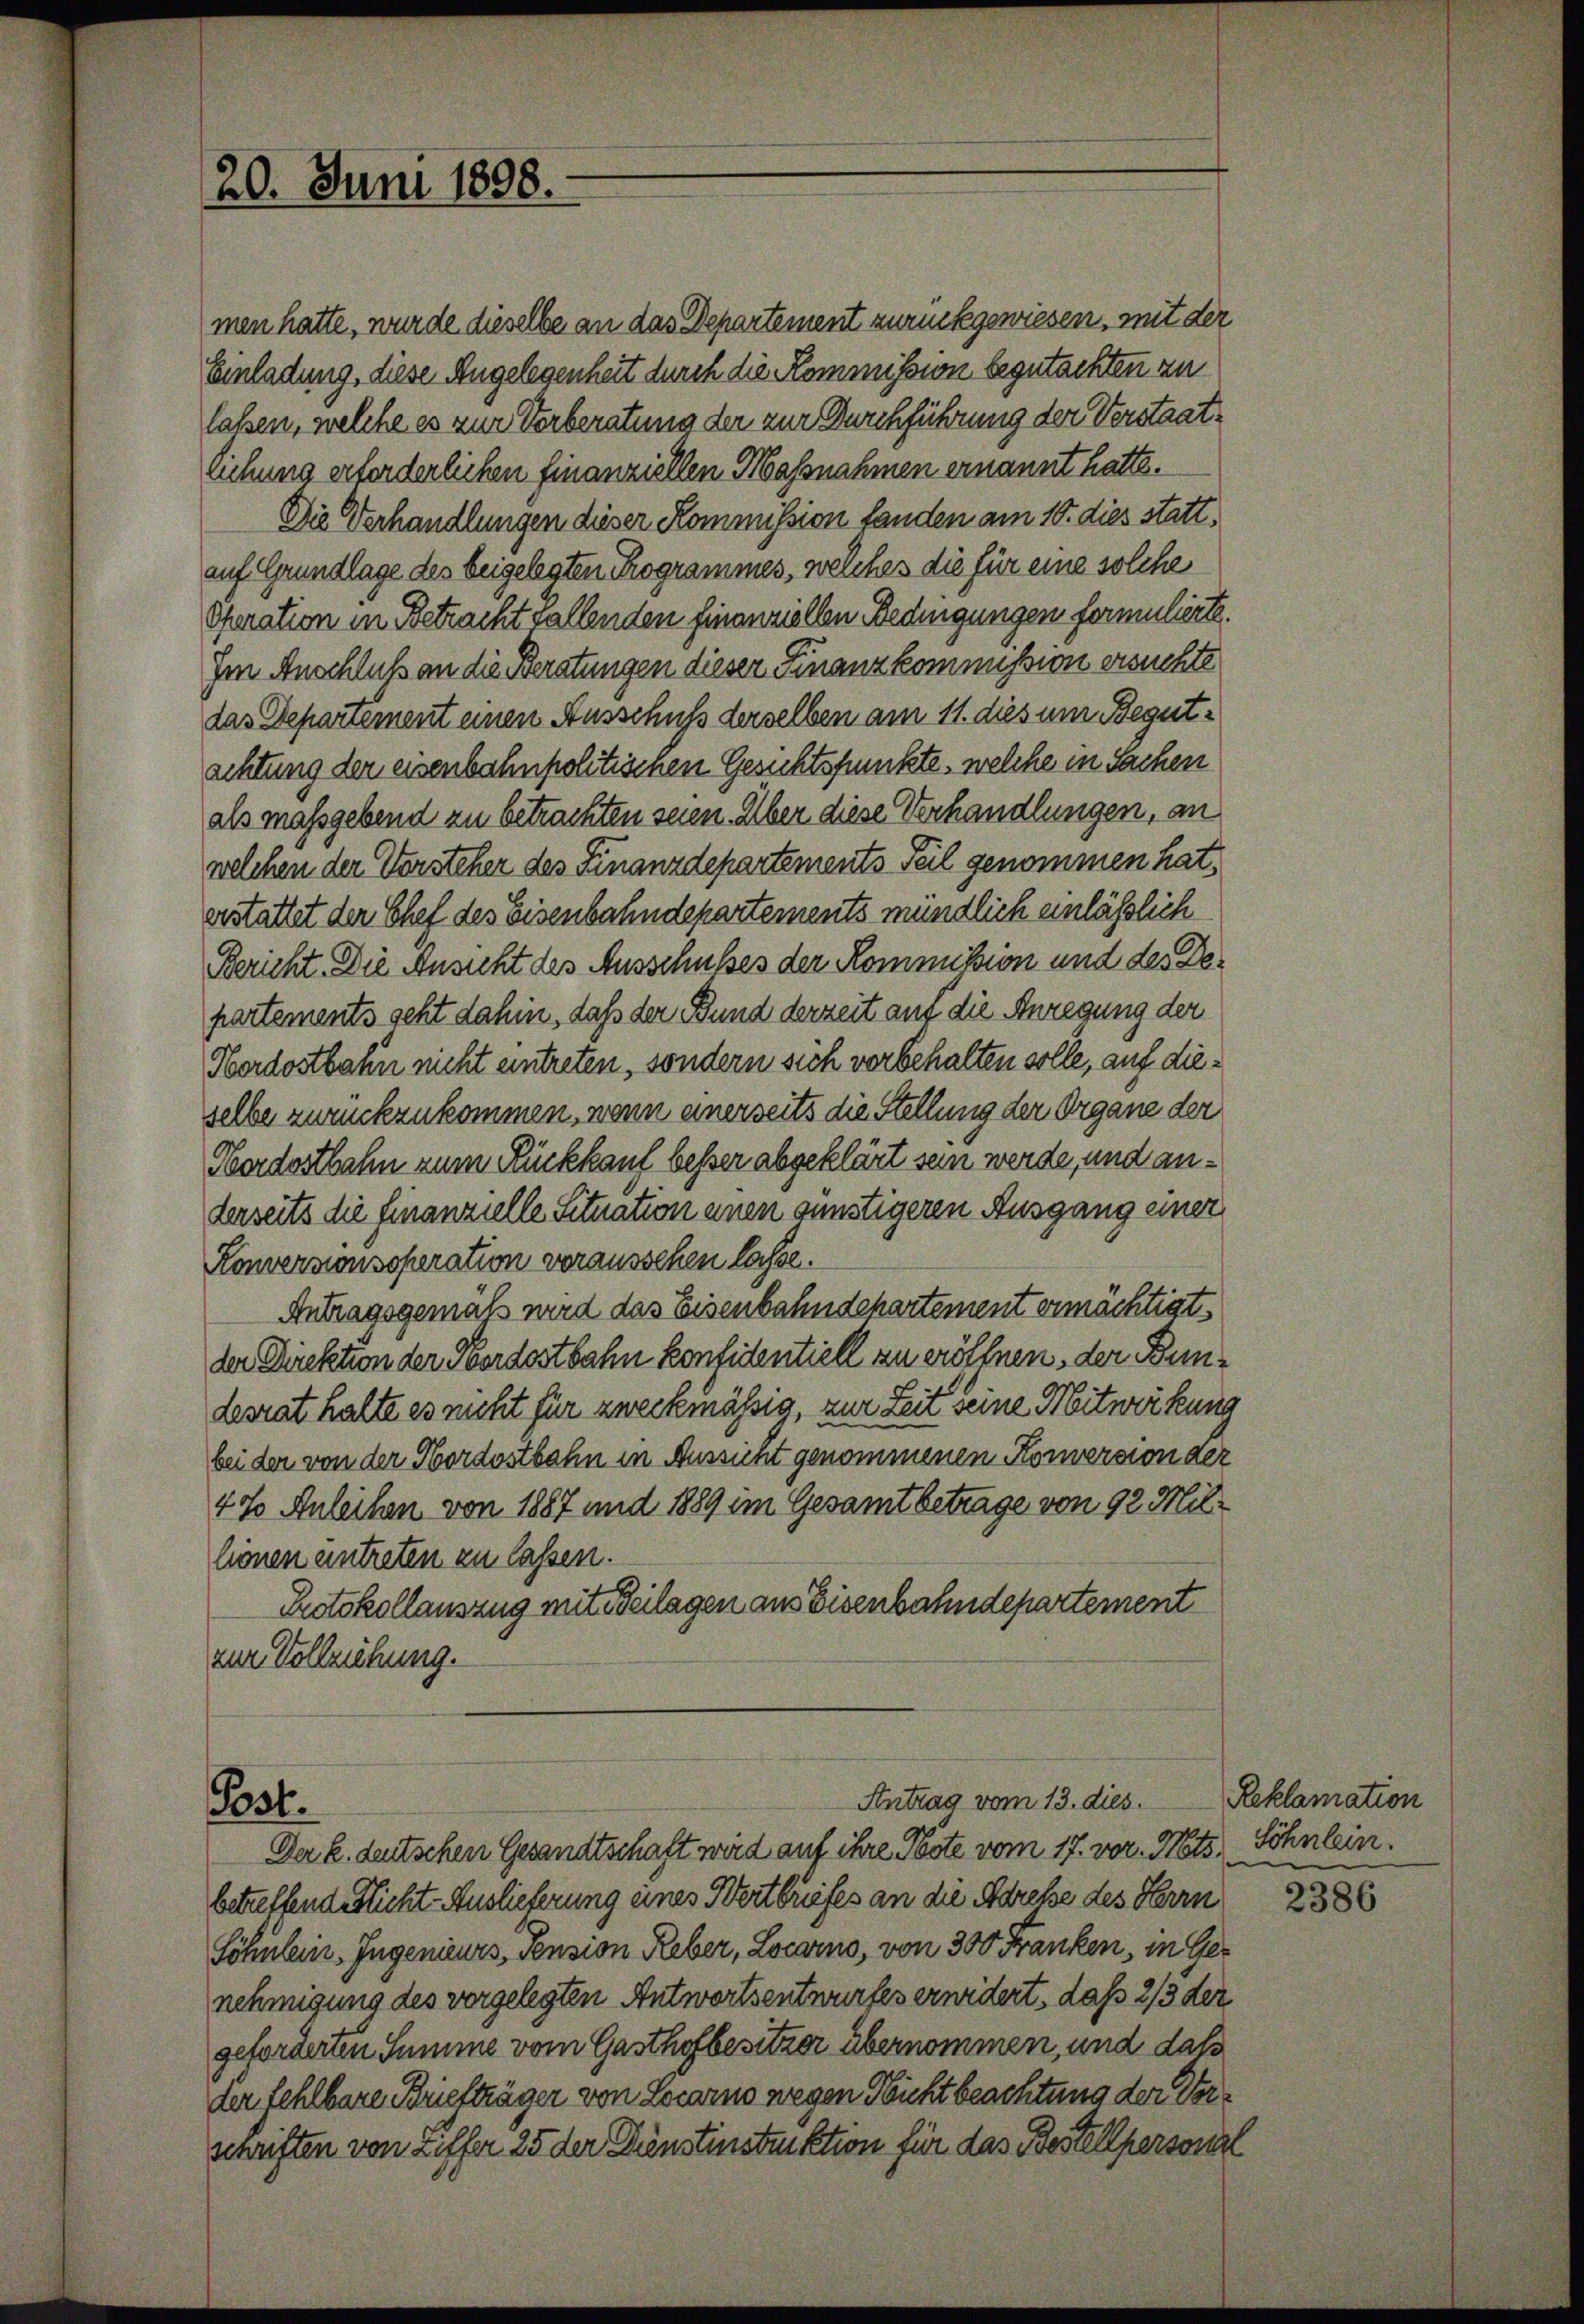
20. Juni 1898.

Post.

Antrag vom 13. dies

men hatte, wurde dieselbe an das Departement zurückgewiesen, mit der
Einladung, diese Angelegenheit durch die Kommission begutachten zu
laßen, welche es zur Vorberatung der zur Durchführung der Verstaatlichung erforderlichen finanziellen Massnahmen ernannt hatte.
Die Verhandlungen dieser Kommission fanden am 10. dies stattauf Grundlage des beigelegten Programmes, welches die für eine solche
Oferation in Betracht fallenden finanziellen Bedingungen formulierte.
Im Anschluß an die Beratungen dieser Finanzkommission ersuchte
das Departement einen Ausschuss derselben am 11. dies um Begutachtung der eisenbahnpolitisenen Gesichtspunkte, welche in Sachen
als maßgebend zu betrachten seien. Über diese Verhandlungen, an
welchen der Vorsteher des Finanzdepartements Teil genommen hat,
erstattet der Chef des Eisenbahndepartements mündlich einläßlich
Bericht. Die Ansicht des Ausschußes der Kommißion und des Departements geht dahin, daß der Bund derzeit auf die Anregung der
Obordostbahn nicht eintreten, sondern sich vorbehalten solle, auf dieselbe zurückzukommen, wenn einerseits die Stellung der Organe der
Oberdostbahn zum Rückkauf besser abgeklärt sein werde, und anderseits die Finanzielle Situation einen günstigeren Ausgang einer
Konversionsoperation voraussehen lasse.
Antragsgemäß wird das Eisenbahndchartement ermächtigt,
der Direktion der Nordostbahn konsidentiell zu eröffnen, der Bundesrat halte es nicht für zweckmäßig, zur Zeit seine Mitwirkung
bei der von der Nordostbahn in Aussicht genommenen Konversion der
47 Anleihen von 1887 und 1889 im Gesamtbetrage von 92 Millionen eintreten zu lassen.
Protokollauszug mit Beilagen aus Eisenbahndepartement
zur Vollziehung.

Der k. deutschen Gesandtschaft wird auf ihre Poste vom 17. vor. Mts. Söhnlein.
betreffend Nicht-Auslieferung eines Wertbriefes an die Adresse des Herrn
Söhnlein, Ingenieurs, Pension Reber, Locarno, von 300 Franken, in Genehmigung des vorgelegten Antwortsentwurfes erwidert, daß 2/3 der
geforderten Summe vom Gasthofbesitzer übernommen, und daß
der fehlbare Briefträger von Locarno wegen Nicht beachtung der Verschriften von Ziffer 25 der Dienstinstinktion für das Bestellpersonal

Reklamation
e
e

2386